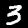
Digit: 3